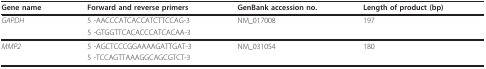
<table><thead><tr><td><b>Gene name</b></td><td><b>Forward and reverse primers</b></td><td><b>GenBank accession no.</b></td><td><b>Length of product (bp)</b></td></tr></thead><tbody><tr><td><i>GAPDH</i></td><td>5 -AACCCATCACCATCTTCCAG-3</td><td>NM_017008</td><td>197</td></tr><tr><td></td><td>5 -GTGGTTCACACCCATCACAA-3</td><td></td><td></td></tr><tr><td><i>MMP2</i></td><td>5 -AGCTCCCGGAAAAGATTGAT-3</td><td>NM_031054</td><td>180</td></tr><tr><td></td><td>5 -TCCAGTTAAAGGCAGCGTCT-3</td><td></td><td></td></tr></tbody></table>